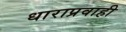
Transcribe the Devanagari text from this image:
धाराप्रवाही